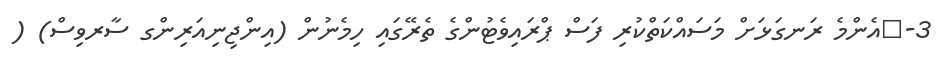
3-	އެންމެ ރަނގަޅަށް މަސައްކަތްކުރި ފަސް ޕްރައިވެޓުންގެ ތެރޭގައި ހިމެނުން (އިންޖިނިއަރިންގ ސާރވިސް) (